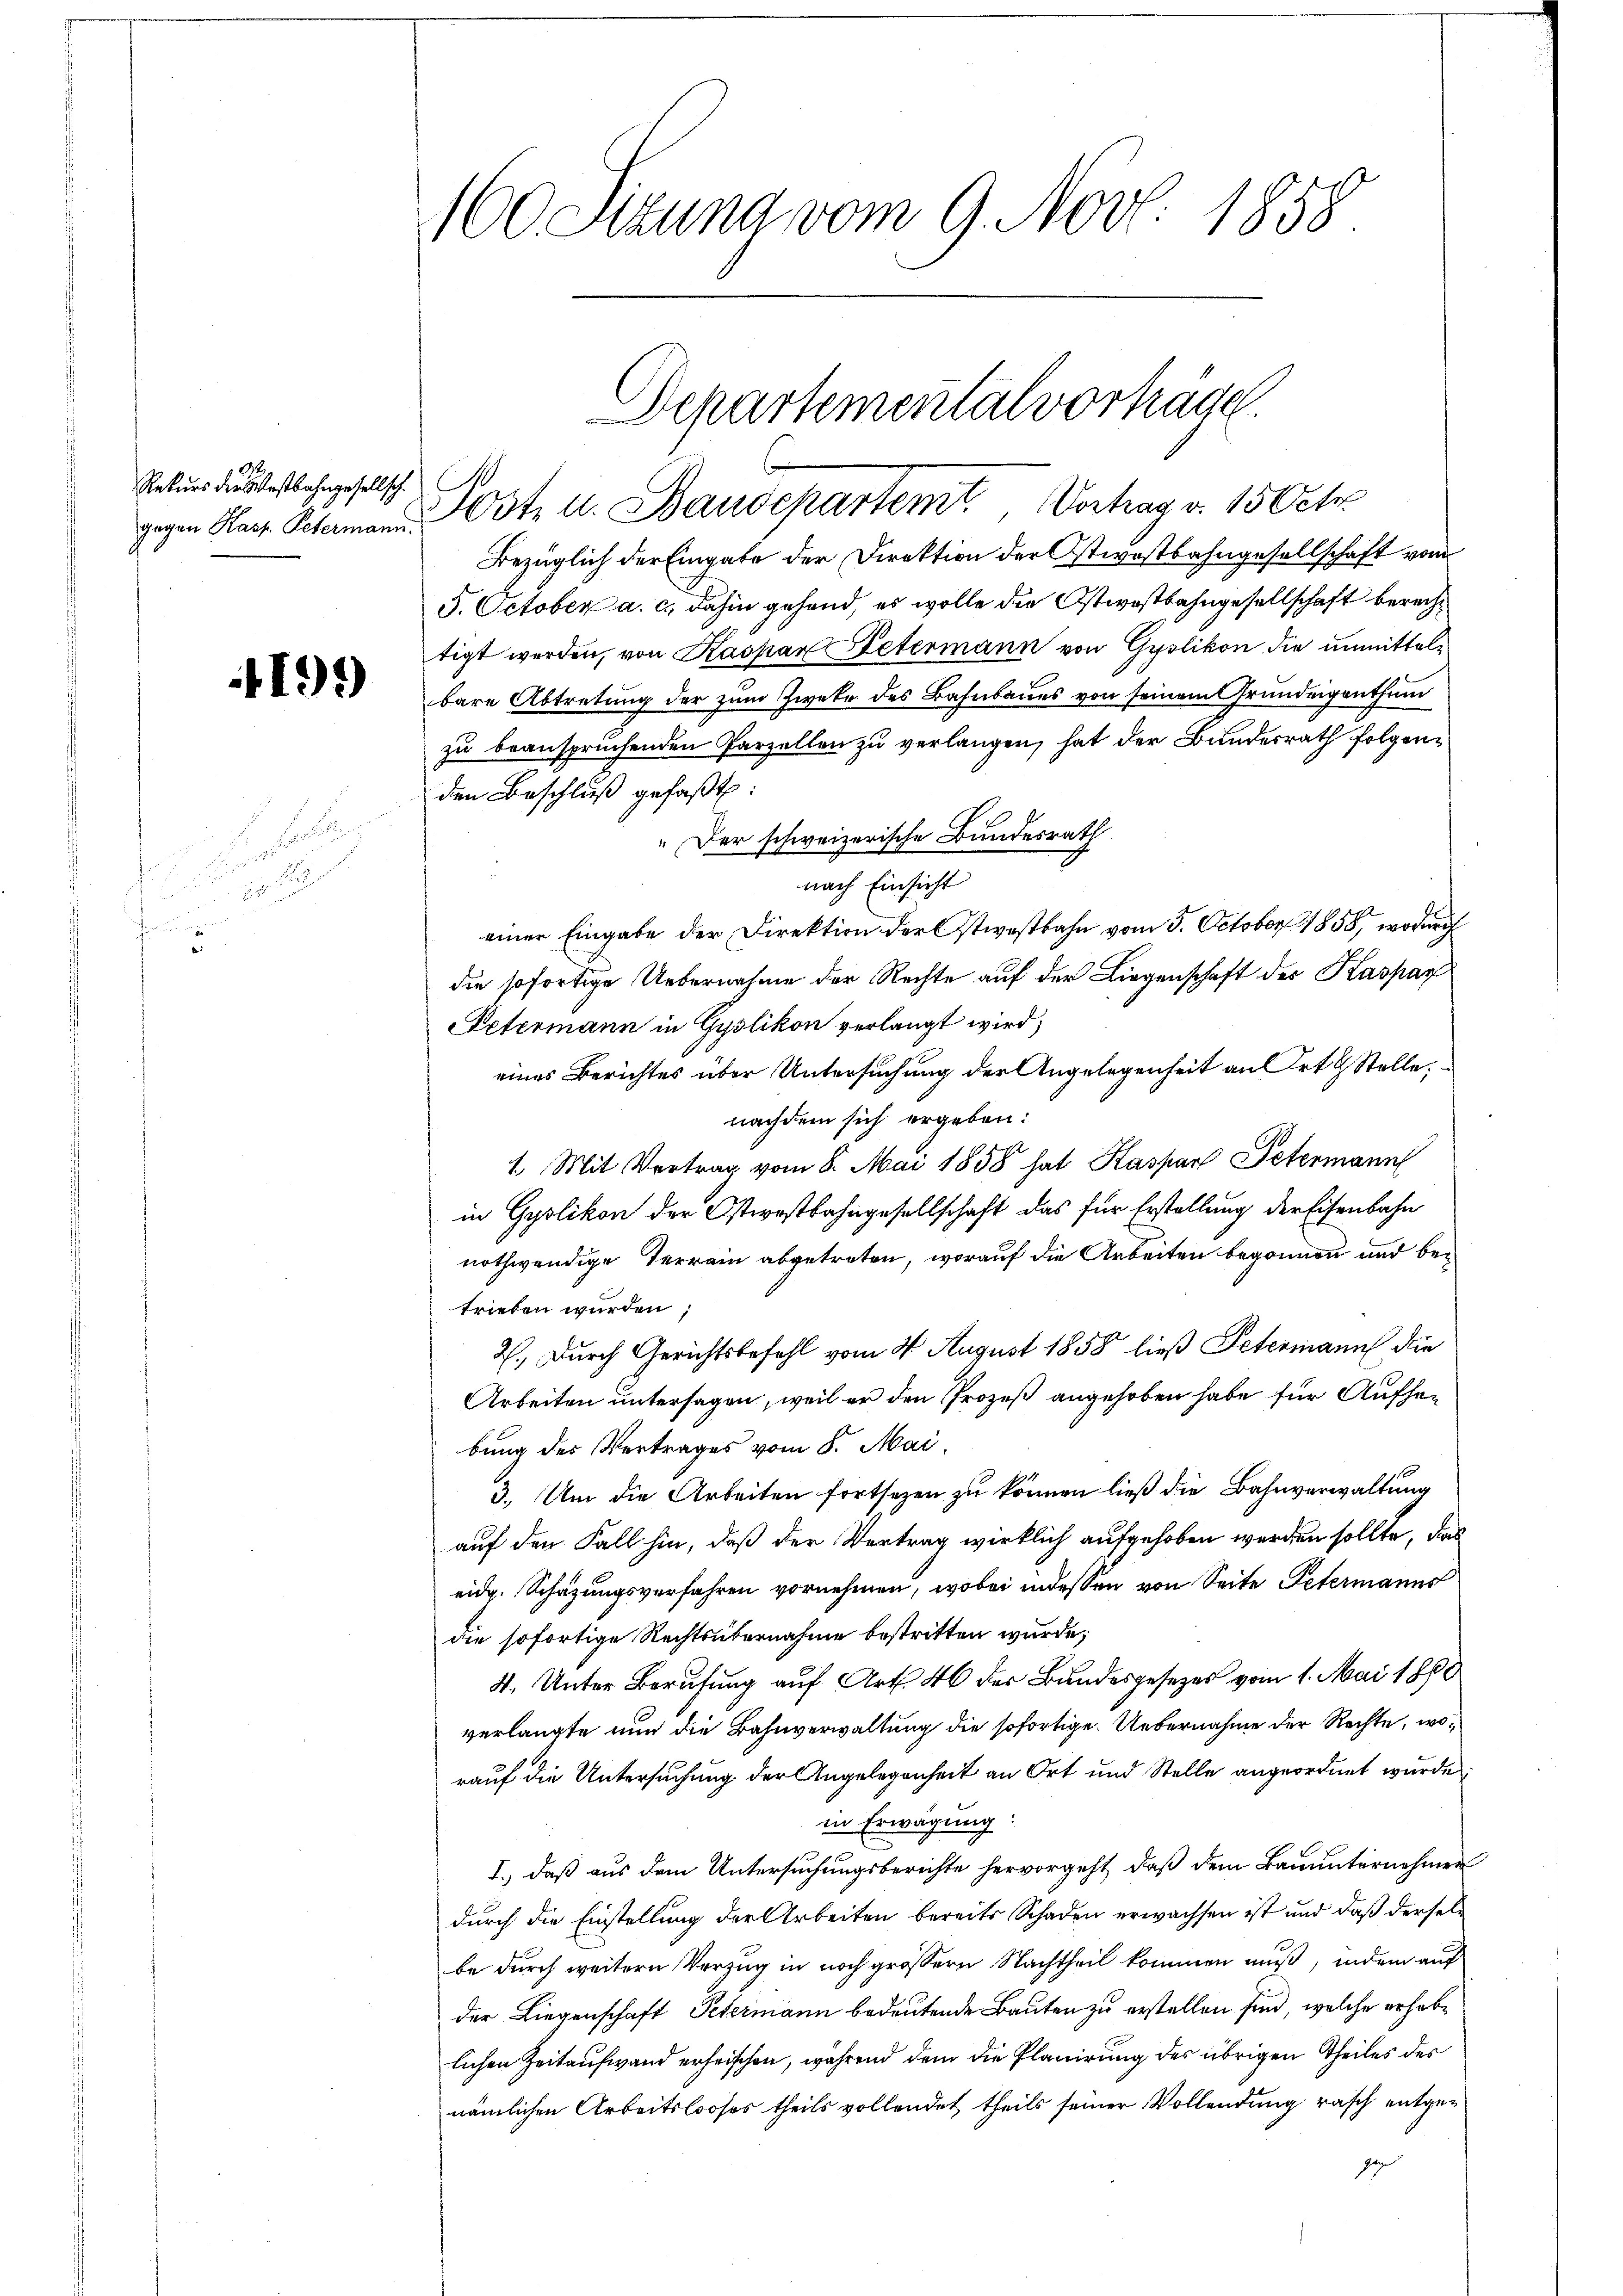
Rekurs die Kostbahngesellsch.

5

1199)

von der

160 Sitzung vom 9. Nov. 1858

Bezüglich der Eingabe der Direktion der Ostwostbahngesellschaft von
5. October a. c. dahin gehend, es wolle die Ostwostbahngesellschaft berechtigt werden, von Kaspar Petermann von Gyslikon die unmittelbare Abtretung der zum Zweke des Bahnbaues von seinem Grundeigenthum
zu beanspruchenden Parzellen zu verlangen, hat der Bundesrath folgenden Beschluß gefaßt:
" Der schweizerische Bundesrath
nach Einsicht
einer Eingabe der Direktion der Ostwestbahn vom 5. October 1858, wodurch
die sofortige Uebernahme der Rechte auf der Liegenschaft der Kaspar
Petermann in Gyslikon verlangt wird;
eines Berichtes über Untersuchung der Angelegenheit an Ort & Stelle,
nachdem sich ergeben:
1. Mit Vertrag vom 8. Mai 1858 hat Kaspar Petermann
in Gyslikon der Ostwestbahngesellschaft das für Erstellung der Eisenbahn
nothwendige Terrain abgetreten, worauf die Arbeiten begonnen und betrieben wurden;
2. Durch Gerichtsbefehl vom 4. August 1858 ließ Petermann die
Arbeiten untersagen, weil er den Prozeß angehoben habe für Aufhebung des Vertrages vom 8. Mai,
3. Um die Arbeiten fortsezen zu können ließ die Bahnverwaltung
auf den Fall hin, daß der Vertrag wirklich aufgehoben werden sollte, das
eidg. Schätzungsverfahren vornehmen, wobei indessen von Seite Petermanns
die sofortige Rechtsübernahme bestritten wurde;
4. Unter Berufung auf Art. 46 der Bundesgesetzes vom 1. Mai 1860
verlangte nun die Bahnverwaltung die sofortige Uebernahme der Rechte, worauf die Untersuchung der Angelegenheit an Ort und Stelle angeordnet wurde
in Erwägung:
I., daß aus dem Untersuchungsberichte hervorgeht, daß dem Bauunternehmen
durch die Einstellung der Arbeiten bereits Schaden erwachsen ist und daß derselbe durch weitern Vorzug in noch größern Nachtheil kommen muß, indem auf
der Liegenschaft Petermann bedeutende Bauten zu erstellen sind, welche erheblichen Zeitaufwand erheischen, während dem die Planirung des übrigen Theiles des
nämlichen Arbeitslooses theils vollendet theils seiner Vollendung rasch entgezogen

Departemental vorhäge
gegen Harf. Schemannst u. Baudepartemt, Vortrag v. 15 Oct.